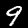
Digit: 9